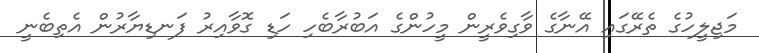
މަޖިލީހުގެ ތެރޭގައި އޭނާގެ ވާގިވެރީން މީހުންގެ އަބުރާބެހި ހަޑި ގޮވާއިރު ފަނޑިޔާރުން އެތިބެނީ